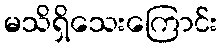
မသိရှိသေးကြောင်း